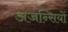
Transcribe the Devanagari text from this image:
अजन्सियों